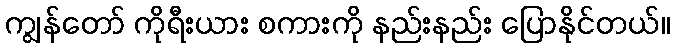
ကျွန်တော် ကိုရီးယား စကားကို နည်းနည်း ပြောနိုင်တယ်။